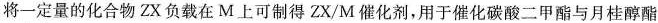
将一定量的化合物ZX负载在M上可制得ZX/M催化剂，用于催化碳酸二甲酯与月桂醇酯